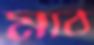
মাঠ